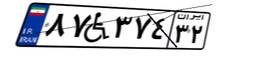
۰۹W۶۹۳۰۵